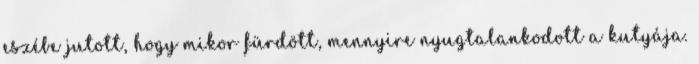
eszébe jutott, hogy mikor fürdött, mennyire nyugtalankodott a kutyája.